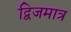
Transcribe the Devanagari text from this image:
द्विजमात्र